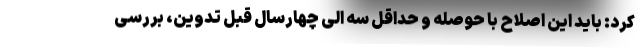
کرد: باید این اصلاح با حوصله و حداقل سه الی چهارسال قبل تدوین، بررسی